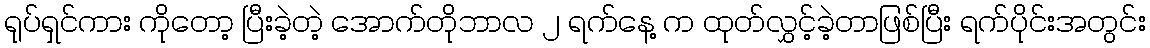
ရုပ်ရှင်ကား ကိုတော့ ပြီးခဲ့တဲ့ အောက်တိုဘာလ ၂ ရက်နေ့ က ထုတ်လွှင့်ခဲ့တာဖြစ်ပြီး ရက်ပိုင်းအတွင်း